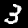
Label: 3